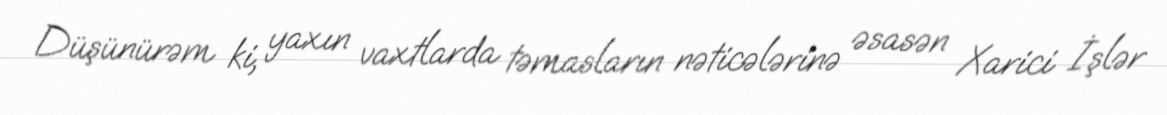
Düşünürəm ki, yaxın vaxtlarda təmasların nəticələrinə əsasən Xarici İşlər